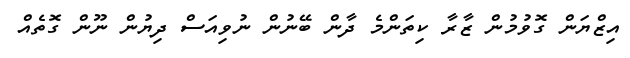
އިޒްޔަން ގޮވުމުން ޒާރާ ކިތަންމެ ދާން ބޭނުން ނުވިއަސް ދިޔުން ނޫން ގޮތެއް